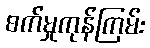
စက်မှုကုန်ကြမ်း